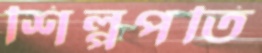
শিল্পপতি